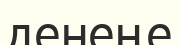
денеңе